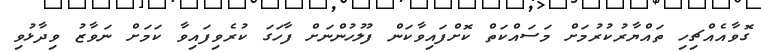
ގޮވާއެއްޗިހި ތައްޔާރުކުރުމަށް މަސައްކަތް ކޮށްފައިވާކަން ފުލުހުންނަށް ފާހަގަ ކުރެވިފައިވާ ކަމަށް ނަވާޒު ވިދާޅުވި